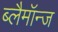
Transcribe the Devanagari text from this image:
ब्लैमॉन्ज